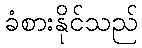
ခံစားနိုင်သည်